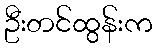
ဦးတင်ထွန်းက